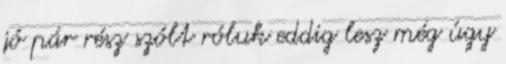
jó pár rész szólt róluk eddig lesz még úgy